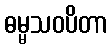
ဓမ္မသဝပိတာ